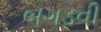
બગડવી